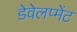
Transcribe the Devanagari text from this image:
डेवेलप्मेंट